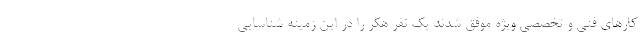
کارهای فنی و تخصصی ویژه موفق شدند یک نفر هکر را در این زمینه شناسایی